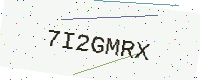
Text: 7I2GMRX